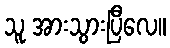
သူ အားသွားပြီလေ။